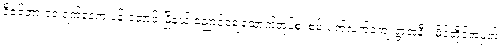
ဒီဇင်ဘာ ၁၀ ရက်နေ့က ပန်းတောင်းမြို့နယ် ညောင်ချေထောက်အုပ်စု၊ စမ်းပက်လက်ကျေးရွာအနီး၊ မိုင်တိုင်အမှတ်